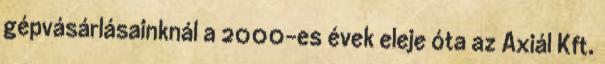
gépvásárlásainknál a 2000-es évek eleje óta az Axiál Kft.